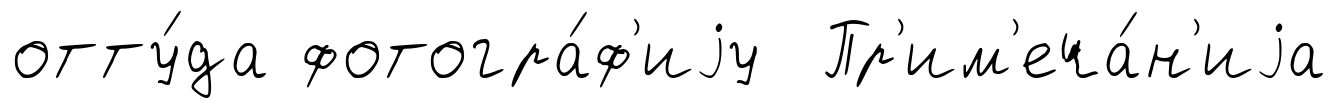
отту́да фотогра́ф'иjу Пр'им'еча́н'иjа